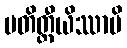
ပတိတ္ထီယိဿာမိ